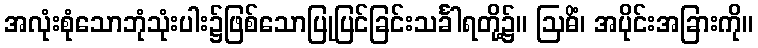
အလုံးစုံသောဘုံသုံးပါး၌ဖြစ်သောပြုပြင်ခြင်းသင်္ခါရတို့၌။ ဩဓိံ၊ အပိုင်းအခြားကို။